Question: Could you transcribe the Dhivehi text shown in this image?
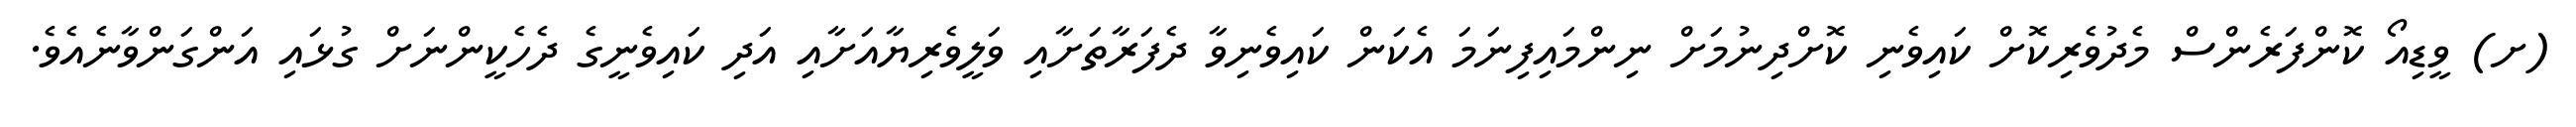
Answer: (ށ) ވީޑިއޯ ކޮންފަރެންސް މެދުވެރިކޮށް ކައިވެނި ކޮށްދިނުމަށް ނިންމައިފިނަމަ އެކަން ކައިވެނިވާ ދެފަރާތަށާއި ވަލީވެރިޔާއަށާއި އަދި ކައިވެނީގެ ދެހެކީންނަށް ގުޅައި އަންގަންވާނެއެވެ.